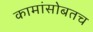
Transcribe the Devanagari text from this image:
कामांसोबतच